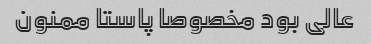
عالی بود مخصوصا پاستا ممنون